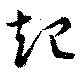
起